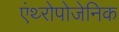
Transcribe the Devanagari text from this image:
एंथ्‍रोपोजेनिक